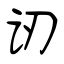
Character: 讱